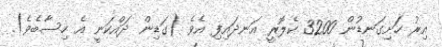
އިރު ހަށިގަނޑުން 3200 ކެލޮރީ އަނދައިފި އެވެ (ގަޑިން ދައްކަނީ އެ ހިސާބެވެ).